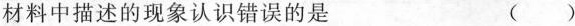
材料中描述的现象认识错误的是 ()